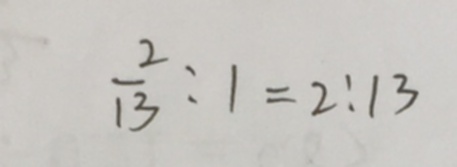
\frac { 2 } { 1 3 } : 1 = 2 : 1 3